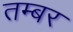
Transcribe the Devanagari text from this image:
तम्बर